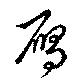
雁